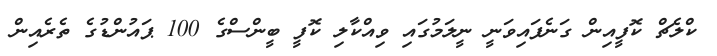
ކްލެޗް ކޮފީއިން ގަނެފައިވަނީ ނީލަމުގައި ވިއްކާލި ކޮފީ ބީންސްގެ 100 ޕައުންޑުގެ ތެރެއިން